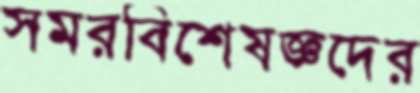
সমরবিশেষজ্ঞদের